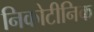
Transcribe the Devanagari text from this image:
निकोटीनिक